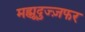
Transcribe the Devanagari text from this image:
मह्मूदुज्ज़फर